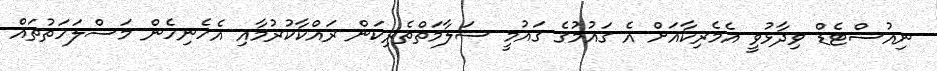
ނިއުސްޓެޑް ވިދާޅުވީ އެމެރިކާއަށް އެ ގައުމުގެ ގައުމީ ސަލާމަތްތެރިކަން ރައްކާކުރުމާއި އެހެނިހެން މަސްލަހަތުތައް